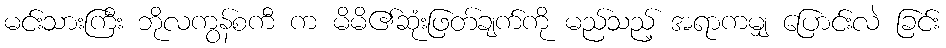
မင်းသားကြီး ဘိုလကွန်စကီ က မိမိ၏ဆုံးဖြတ်ချက်ကို မည်သည့် အရာကမျှ ပြောင်းလဲ ခြင်း